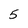
Character: 5